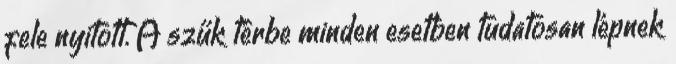
fele nyitott. A szűk térbe minden esetben tudatosan lépnek